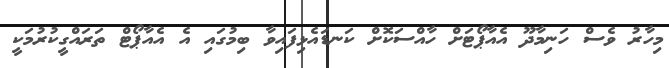
މިހާރު ވެސް ހަނިމާދޫ އެއާޕޯޓަށް ހާއްސަކޮށް ކަނޑައެޅިފައިވާ ބިމުގައި އެ އެއާޕޯޓް ތަރައްގީކުރުމަކީ